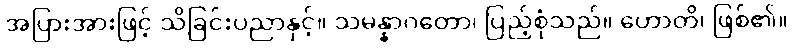
အပြားအားဖြင့် သိခြင်းပညာနှင့်။ သမန္နာဂတော၊ ပြည့်စုံသည်။ ဟောတိ၊ ဖြစ်၏။